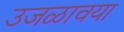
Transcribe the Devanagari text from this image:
उजळावया